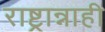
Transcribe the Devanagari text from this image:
राष्ट्रान्नाही